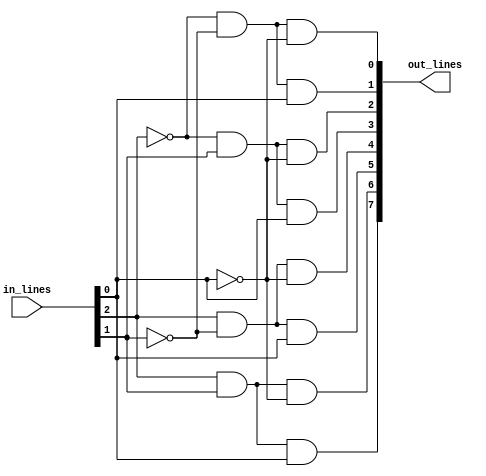
module decoder_3_to_8_structural_or_gatelevel(in_lines, out_lines);
    
    input[2:0] in_lines;
    output[7:0] out_lines;

    //* Gate-level modelling
    and(out_lines[0], ~in_lines[2], ~in_lines[1], ~in_lines[0]);
    and(out_lines[1], ~in_lines[2], ~in_lines[1],  in_lines[0]);
    and(out_lines[2], ~in_lines[2],  in_lines[1], ~in_lines[0]);
    and(out_lines[3], ~in_lines[2],  in_lines[1],  in_lines[0]);
    and(out_lines[4],  in_lines[2], ~in_lines[1], ~in_lines[0]);
    and(out_lines[5],  in_lines[2], ~in_lines[1],  in_lines[0]);
    and(out_lines[6],  in_lines[2],  in_lines[1], ~in_lines[0]);
    and(out_lines[7],  in_lines[2],  in_lines[1],  in_lines[0]);

    always @(in_lines) begin
        #0 
        $display("Encoded Input : %b\nDecoded Output : %b\n", in_lines, out_lines);
    end

endmodule

module decoder_3_to_8_structural_or_gatelevel_test;

    reg[2:0] in_lines;
    wire[7:0] out_lines;
    
    decoder_3_to_8_structural_or_gatelevel wire_driver(in_lines, out_lines);
    
    initial begin
            in_lines = 3'b000;
        #20 in_lines = 3'b001;
        #20 in_lines = 3'b010;
        #20 in_lines = 3'b011;
        #20 in_lines = 3'b100;
        #20 in_lines = 3'b101;
        #20 in_lines = 3'b110;
        #20 in_lines = 3'b111;
        #20 $finish;        
    end

endmodule